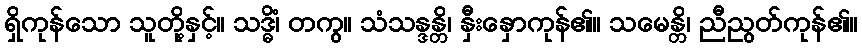
ရှိကုန်သော သူတို့နှင့်။ သဒ္ဓိံ၊ တကွ။ သံသန္ဒန္တိ၊ နှီးနှောကုန်၏။ သမေန္တိ၊ ညီညွတ်ကုန်၏။